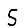
Digit: 5